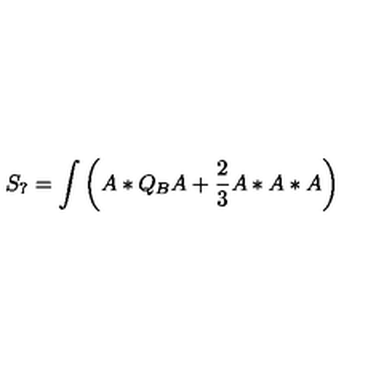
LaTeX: S _ { ? } = \int \left( A * Q _ { B } A + \frac { 2 } { 3 } A * A * A \right)